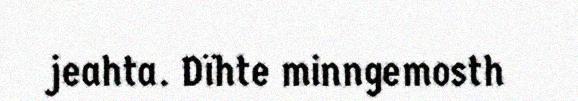
jeahta. Dïhte minngemosth